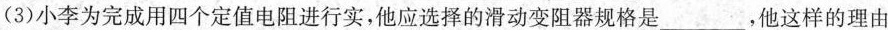
(3)小李为完成用四个定值电阻进行实，他应选择的滑动变阻器规格是___，他这样的理由